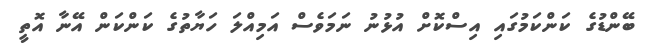
ބޭންޑުގެ ކަންކަމުގައި އިސްކޮށް އުޅުނު ނަމަވެސް އަމިއްލަ ހަޔާތުގެ ކަންކަން އޭނާ އޮތީ